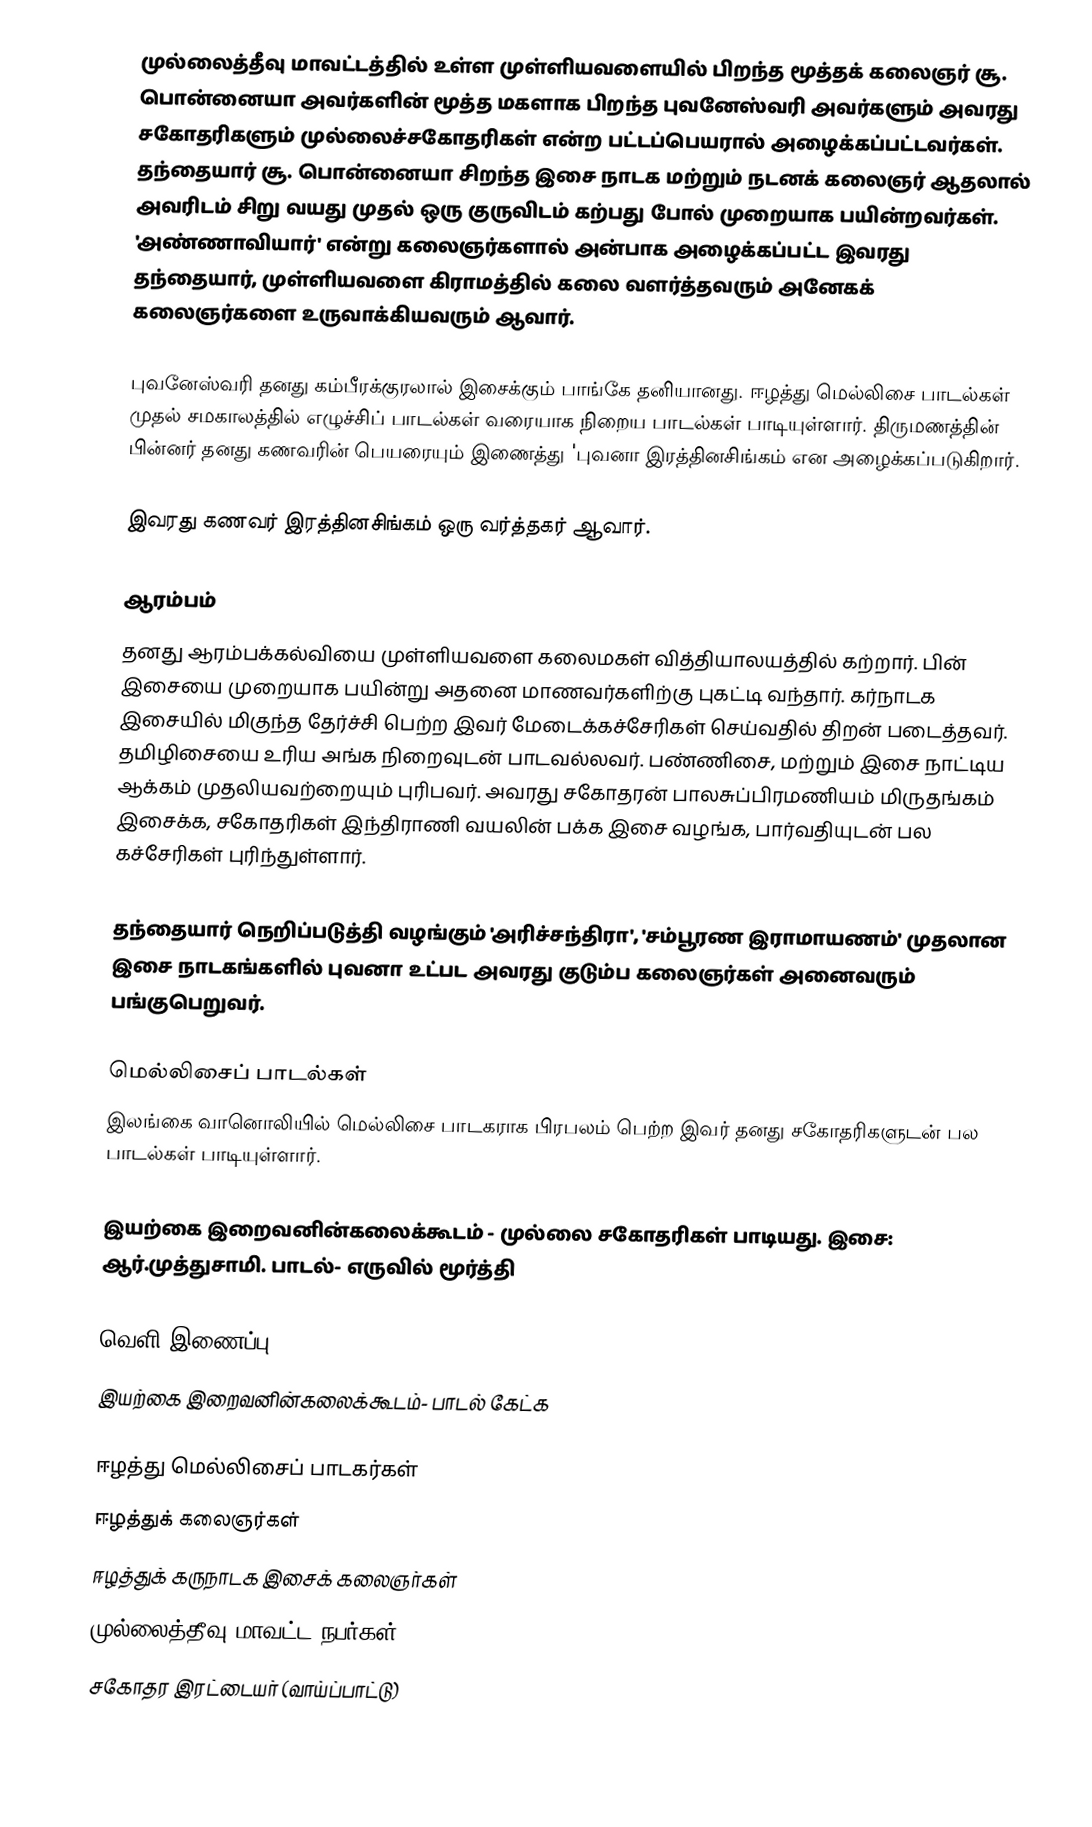
முல்லைத்தீவு மாவட்டத்தில் உள்ள முள்ளியவளையில் பிறந்த மூத்தக் கலைஞர் சூ. பொன்னையா அவர்களின் மூத்த மகளாக பிறந்த புவனேஸ்வரி அவர்களும் அவரது சகோதரிகளும் முல்லைச்சகோதரிகள் என்ற பட்டப்பெயரால் அழைக்கப்பட்டவர்கள். தந்தையார் சூ. பொன்னையா சிறந்த இசை நாடக மற்றும் நடனக் கலைஞர் ஆதலால் அவரிடம் சிறு வயது முதல் ஒரு குருவிடம் கற்பது போல் முறையாக பயின்றவர்கள். 'அண்ணாவியார்' என்று கலைஞர்களால் அன்பாக அழைக்கப்பட்ட இவரது தந்தையார், முள்ளியவளை கிராமத்தில் கலை வளர்த்தவரும் அனேகக் கலைஞர்களை உருவாக்கியவரும் ஆவார்.

புவனேஸ்வரி தனது கம்பீரக்குரலால் இசைக்கும் பாங்கே தனியானது. ஈழத்து மெல்லிசை பாடல்கள் முதல் சமகாலத்தில் எழுச்சிப் பாடல்கள் வரையாக நிறைய பாடல்கள் பாடியுள்ளார். திருமணத்தின் பின்னர் தனது கணவரின் பெயரையும் இணைத்து 'புவனா இரத்தினசிங்கம் என அழைக்கப்படுகிறார்.

இவரது கணவர் இரத்தினசிங்கம் ஒரு வர்த்தகர் ஆவார்.

ஆரம்பம்
தனது ஆரம்பக்கல்வியை முள்ளியவளை கலைமகள் வித்தியாலயத்தில் கற்றார். பின் இசையை முறையாக பயின்று அதனை மாணவர்களிற்கு புகட்டி வந்தார். கர்நாடக இசையில் மிகுந்த தேர்ச்சி பெற்ற இவர் மேடைக்கச்சேரிகள் செய்வதில் திறன் படைத்தவர். தமிழிசையை உரிய அங்க நிறைவுடன் பாடவல்லவர். பண்ணிசை, மற்றும் இசை நாட்டிய ஆக்கம் முதலியவற்றையும் புரிபவர். அவரது சகோதரன் பாலசுப்பிரமணியம் மிருதங்கம் இசைக்க, சகோதரிகள் இந்திராணி வயலின் பக்க இசை வழங்க, பார்வதியுடன் பல கச்சேரிகள் புரிந்துள்ளார்.

தந்தையார் நெறிப்படுத்தி வழங்கும் 'அரிச்சந்திரா', 'சம்பூரண இராமாயணம்' முதலான இசை நாடகங்களில் புவனா உட்பட அவரது குடும்ப கலைஞர்கள் அனைவரும் பங்குபெறுவர்.

மெல்லிசைப் பாடல்கள்
இலங்கை வானொலியில் மெல்லிசை பாடகராக பிரபலம் பெற்ற இவர் தனது சகோதரிகளுடன் பல பாடல்கள் பாடியுள்ளார்.

 இயற்கை இறைவனின்கலைக்கூடம் - முல்லை சகோதரிகள் பாடியது. இசை: ஆர்.முத்துசாமி. பாடல்- எருவில் மூர்த்தி

வெளி இணைப்பு
இயற்கை இறைவனின்கலைக்கூடம்-  பாடல் கேட்க

ஈழத்து மெல்லிசைப் பாடகர்கள்
ஈழத்துக் கலைஞர்கள்
ஈழத்துக் கருநாடக இசைக் கலைஞர்கள்
முல்லைத்தீவு மாவட்ட நபர்கள்
சகோதர இரட்டையர் (வாய்ப்பாட்டு)